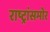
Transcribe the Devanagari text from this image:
राष्ट्रांसमोर